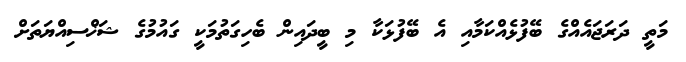
މަތީ ދަރަޖައެއްގެ ބޭފުޅެއްކަމާއި އެ ބޭފުޅަކާ މި ބީދައިން ބެހިގަތުމަކީ ގައުމުގެ ޝަޚްސިއްޔަތަށް